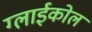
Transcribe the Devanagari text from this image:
ग्लाईकोल